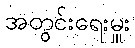
အတွင်းရေးမှူး